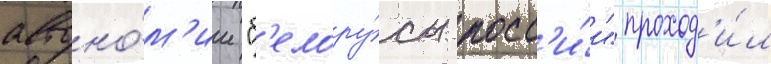
автоно́м'ии "б'елору́сы росс'и́и" проход'и́л